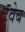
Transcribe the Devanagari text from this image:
ट्वेब